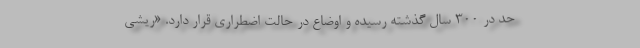
حد در ۳۰۰ سال گذشته رسیده و اوضاع در حالت اضطراری قرار دارد. «ریشی